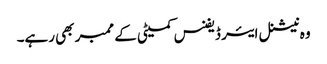
وہ نیشنل ایئر ڈیفنس کمیٹی کے ممبر بھی رہے۔